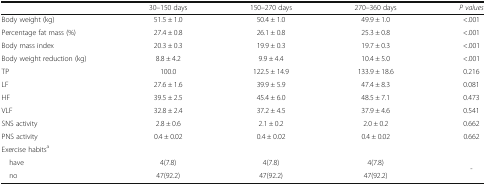
<table><thead><tr><td></td><td><b>30–150 days</b></td><td><b>150–270 days</b></td><td><b>270–360 days</b></td><td><b><i>P values</i></b></td></tr></thead><tbody><tr><td>Body weight (kg)</td><td>51.5 ± 1.0</td><td>50.4 ± 1.0</td><td>49.9 ± 1.0</td><td>&lt;.001</td></tr><tr><td>Percentage fat mass (%)</td><td>27.4 ± 0.8</td><td>26.1 ± 0.8</td><td>25.3 ± 0.8</td><td>&lt;.001</td></tr><tr><td>Body mass index</td><td>20.3 ± 0.3</td><td>19.9 ± 0.3</td><td>19.7 ± 0.3</td><td>&lt;.001</td></tr><tr><td>Body weight reduction (kg)</td><td>8.8 ± 4.2</td><td>9.9 ± 4.4</td><td>10.4 ± 5.0</td><td>&lt;.001</td></tr><tr><td>TP</td><td>100.0</td><td>122.5 ± 14.9</td><td>133.9 ± 18.6</td><td>0.216</td></tr><tr><td>LF</td><td>27.6 ± 1.6</td><td>39.9 ± 5.9</td><td>47.4 ± 8.3</td><td>0.081</td></tr><tr><td>HF</td><td>39.5 ± 2.5</td><td>45.4 ± 6.0</td><td>48.5 ± 7.1</td><td>0.473</td></tr><tr><td>VLF</td><td>32.8 ± 2.4</td><td>37.2 ± 4.5</td><td>37.9 ± 4.6</td><td>0.541</td></tr><tr><td>SNS activity</td><td>2.8 ± 0.6</td><td>2.1 ± 0.2</td><td>2.0 ± 0.2</td><td>0.662</td></tr><tr><td>PNS activity</td><td>0.4 ± 0.02</td><td>0.4 ± 0.02</td><td>0.4 ± 0.02</td><td>0.662</td></tr><tr><td colspan="5">Exercise habits<sup>a</sup></td></tr><tr><td> have</td><td>4(7.8)</td><td>4(7.8)</td><td>4(7.8)</td><td rowspan="2">-</td></tr><tr><td> no</td><td>47(92.2)</td><td>47(92.2)</td><td>47(92.2)</td></tr></tbody></table>